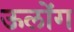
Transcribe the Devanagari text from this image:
ऊलोंग